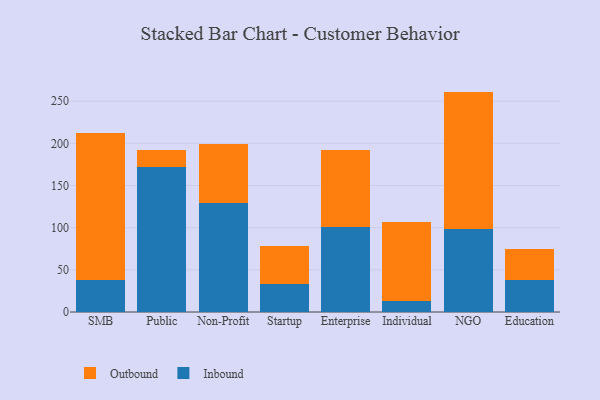
{"axis": {"x": "Segment", "y": "Temperature (°C)"}, "legend": ["Inbound", "Outbound"], "data": [{"x": "SMB", "y": 38.3, "type": "Inbound"}, {"x": "SMB", "y": 173.4, "type": "Outbound"}, {"x": "Public", "y": 171.5, "type": "Inbound"}, {"x": "Public", "y": 20.1, "type": "Outbound"}, {"x": "Non-Profit", "y": 129.7, "type": "Inbound"}, {"x": "Non-Profit", "y": 70.0, "type": "Outbound"}, {"x": "Startup", "y": 33.2, "type": "Inbound"}, {"x": "Startup", "y": 45.0, "type": "Outbound"}, {"x": "Enterprise", "y": 100.7, "type": "Inbound"}, {"x": "Enterprise", "y": 91.9, "type": "Outbound"}, {"x": "Individual", "y": 13.1, "type": "Inbound"}, {"x": "Individual", "y": 93.4, "type": "Outbound"}, {"x": "NGO", "y": 98.1, "type": "Inbound"}, {"x": "NGO", "y": 163.2, "type": "Outbound"}, {"x": "Education", "y": 38.1, "type": "Inbound"}, {"x": "Education", "y": 36.1, "type": "Outbound"}]}